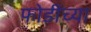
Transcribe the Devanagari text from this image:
फोडींच्या